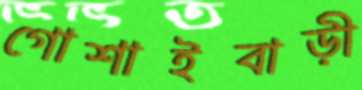
গোশাইবাড়ী